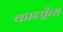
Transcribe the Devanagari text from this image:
कान्फ़्रेंस